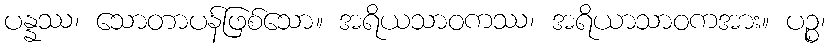
ပန္နဿ၊ သောတာပန်ဖြစ်သော။ အရိယသာဝကဿ၊ အရိယာသာဝကအား။ ပဉ္စ၊